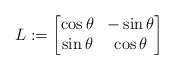
\begin{align*} L := \begin{bmatrix} \cos \theta & -\sin \theta \\ \sin \theta & \cos \theta \end{bmatrix}\end{align*}